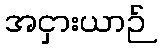
အငှားယာဉ်